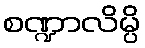
စဏ္ဍာလိမ္ပိ